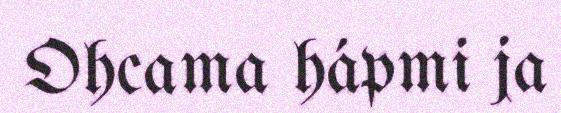
Ohcama hápmi ja